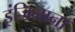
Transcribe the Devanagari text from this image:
इंजिनाना